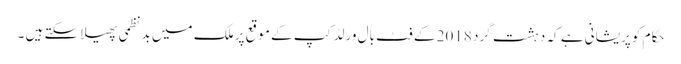
حکام کو پریشانی ہے کہ دہشت گرد 2018 کے فٹ بال ورلڈ کپ کے موقع پر ملک میں بد نظمی پھیلا سکتے ہیں ۔